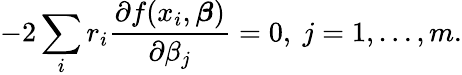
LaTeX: -2\sum_{i}r_{i}{\frac{\partial f(x_{i},{\boldsymbol{\beta}})}{\partial\beta_{j}}}=0,\ j=1,\ldots,m.